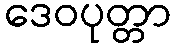
ဒေဝပုတ္တာ